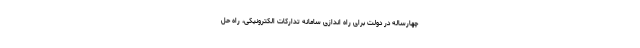
چهارساله در دولت برای راه اندازی سامانه تدارکات الکترونیکی، راه حل